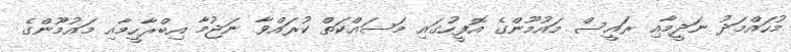
މުހައްމަދު ނަދީމާއި ރައީސް މައުމޫންގެ އޮފީހުގައި މަސައްކަތް ކުރައްވާ ނަޖުމާ އިބްރާހީމާއި މައުމޫންގެ